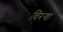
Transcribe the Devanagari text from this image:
विरगा